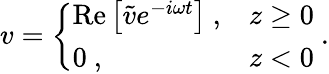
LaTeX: v=\left\{ \begin{array}{ll}{\mathrm{Re}\left[\tilde{v}e^{-i\omega t}\right]~,}&{z\geq 0}\\ {0~,}&{z<0}\end{array}\right.~.